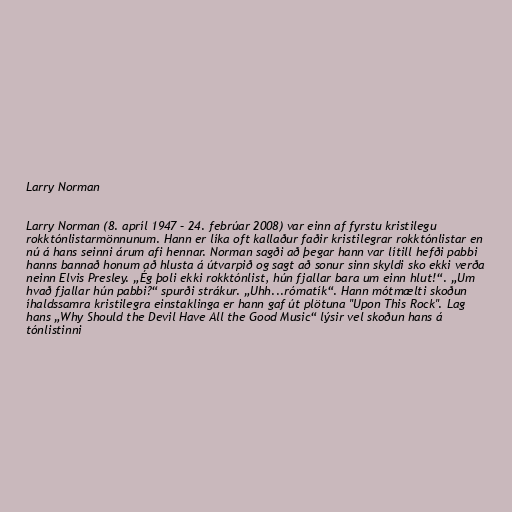
Larry Norman

Larry Norman (8. apríl 1947 – 24. febrúar 2008) var einn af fyrstu kristilegu
rokktónlistarmönnunum. Hann er líka oft kallaður faðir kristilegrar rokktónlistar en
nú á hans seinni árum afi hennar. Norman sagði að þegar hann var lítill hefði pabbi
hanns bannað honum að hlusta á útvarpið og sagt að sonur sinn skyldi sko ekki verða
neinn Elvis Presley. „Ég þoli ekki rokktónlist, hún fjallar bara um einn hlut!“. „Um
hvað fjallar hún pabbi?“ spurði strákur. „Uhh...rómatík“. Hann mótmælti skoðun
íhaldssamra kristilegra einstaklinga er hann gaf út plötuna "Upon This Rock". Lag
hans „Why Should the Devil Have All the Good Music“ lýsir vel skoðun hans á
tónlistinni